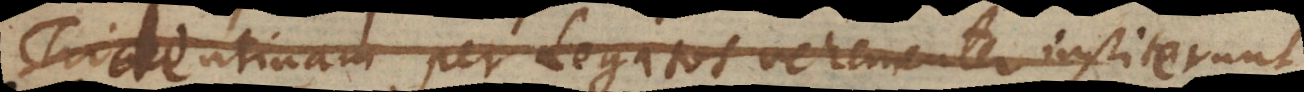
Tridentinam per Legatos vehementer institerunt,